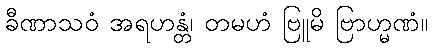
ခီဏာသဝံ အရဟန္တံ၊ တမဟံ ဗြူမိ ဗြာဟ္မဏံ။